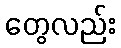
တွေလည်း